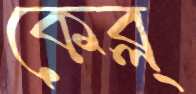
কেব্ল্